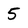
Character: 5